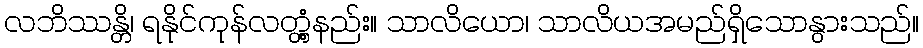
လဘိဿန္တိ၊ ရနိုင်ကုန်လတ္တံ့နည်း။ သာလိယော၊ သာလိယအမည်ရှိသောနွားသည်။